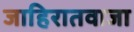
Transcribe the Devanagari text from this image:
जाहिरातवाजा